Lunatic asylums Central Provinces reports 1910-1926 - 1910-1926
Year: 1910
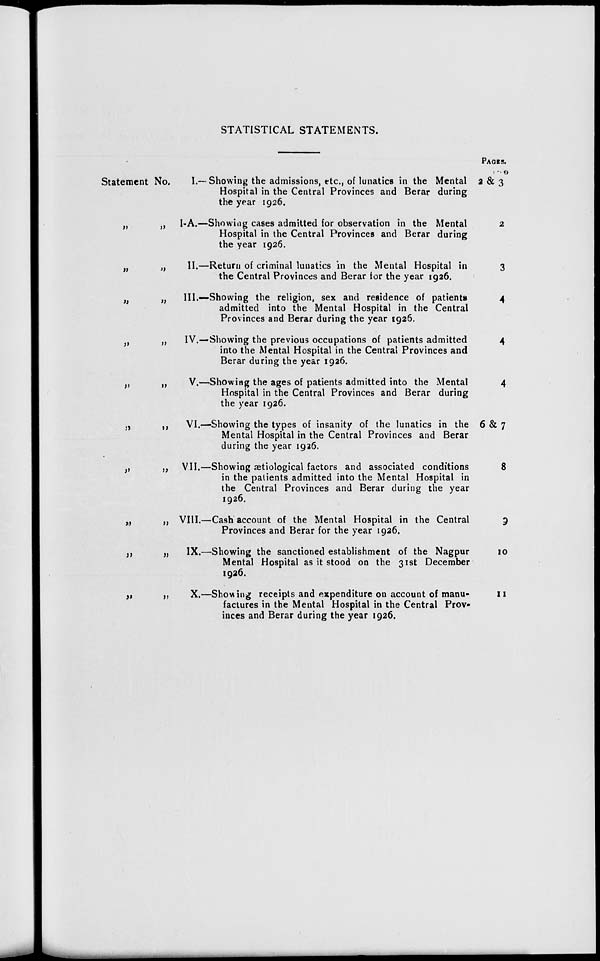
STATISTICAL STATEMENTS.
Statement No.
„ „
„ „
„ „
„ „
„ „
„ „
„ „
„ „
„ „
„ „
I.— Showing the admissions, etc., of lunatics in the Mental
Hospital in the Central Provinces and Berar during
the year 1926.
I-A.—Showing cases admitted for observation in the Mental
Hospital in the Central Provinces and Berar during
the year 1926.
II.—Return of criminal lunatics in the Mental Hospital in
the Central Provinces and Berar for the year 1926.
III.—Showing the religion, sex and residence of patients
admitted into the Mental Hospital in the Central
Provinces and Berar during the year 1926.
IV.—Showing the previous occupations of patients admitted
into the Mental Hospital in the Central Provinces and
Berar during the year 1926.
V.—Showing the ages of patients admitted into the Mental
Hospital in the Central Provinces and Berar during
the year 1926.
VI.—Showing the types of insanity of the lunatics in the
Mental Hospital in the Central Provinces and Berar
during the year 1926.
VII.—Showing ætiological factors and associated conditions
in the patients admitted into the Mental Hospital in
the Central Provinces and Berar during the year
1926.
VIII.—Cash account of the Mental Hospital in the Central
Provinces and Berar for the year 1926.
IX.—Showing the sanctioned establishment of the Nagpur
Mental Hospital as it stood on the 31st December
1926.
X.—Showing receipts and expenditure on account of manu-
factures in the Mental Hospital in the Central Prov-
inces and Berar during the year 1926.
PAGES.
190
2 & 3
2
3
4
4
4
6 & 7
8
9
10
11